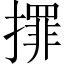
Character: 𢶀